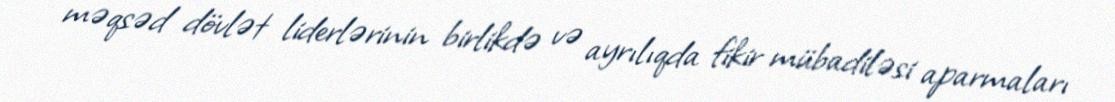
məqsəd dövlət liderlərinin birlikdə və ayrılıqda fikir mübadiləsi aparmaları